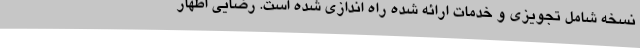
نسخه شامل تجویزی و خدمات ارائه شده راه اندازی شده است. رضایی اظهار